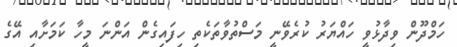
ހަމްދޫން ވިދާޅުވީ ހައްޔަރު ކުރެވޭނީ މަސްތުވާތަކެތި ހިފައިގެން އަންނަ މީހާ ކަމަށާއި އޭގެ